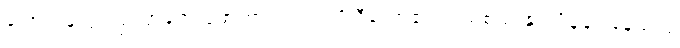
ပြောင်းဖူးပွင့်ပြာပြာတွေ ဖော်ထားသည့် ဂျိုလီယော့၏ လည်စည်းနှင့် ပိန်ချုံးနေသည့်